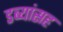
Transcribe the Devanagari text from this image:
डब्यांसह